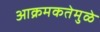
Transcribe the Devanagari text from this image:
आक्रमकतेमुळे